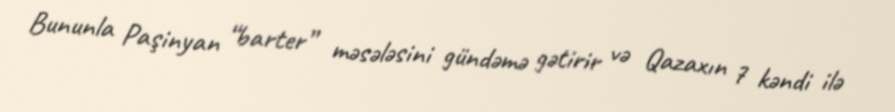
Bununla Paşinyan “barter” məsələsini gündəmə gətirir və Qazaxın 7 kəndi ilə